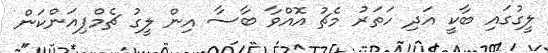
ލީގުގައި ބާކީ އަދި ހަތަރު މެޗު އޮއްވާ ބާސާ އިން ލީގު ޗެމްޕިއަންކަން